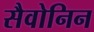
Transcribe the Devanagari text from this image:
सैवोनिन